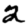
Digit: 2